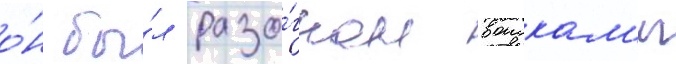
о́н бы́л разо́гнан воискам'и